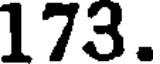
173.